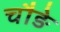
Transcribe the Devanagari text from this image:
चौङे